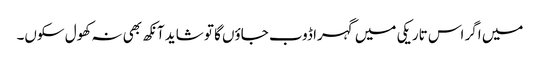
میں اگر اس تاریکی میں گہرا ڈوب جاؤں گا تو شاید آنکھ بھی نہ کھول سکوں۔